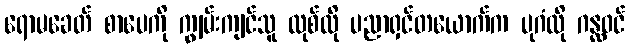
ရောမခေတ် စာပေကို ကျွမ်းကျင်သူ လုစ်လို ပညာရှင်တယောက်က ပုဂံလို ဂန္ထဝင်